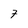
Character: 7